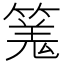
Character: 𥱑